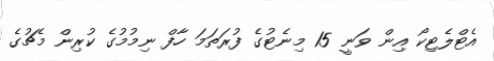
އެޓްލެޓިކޯ އިން ވަނީ 15 މިނެޓުގެ ފުރަތަމަ ހާފް ނިމުމުގެ ކުރިން މެޗުގެ